Medical and sanitary report of the native army of Bengal for the year
Year: 1875
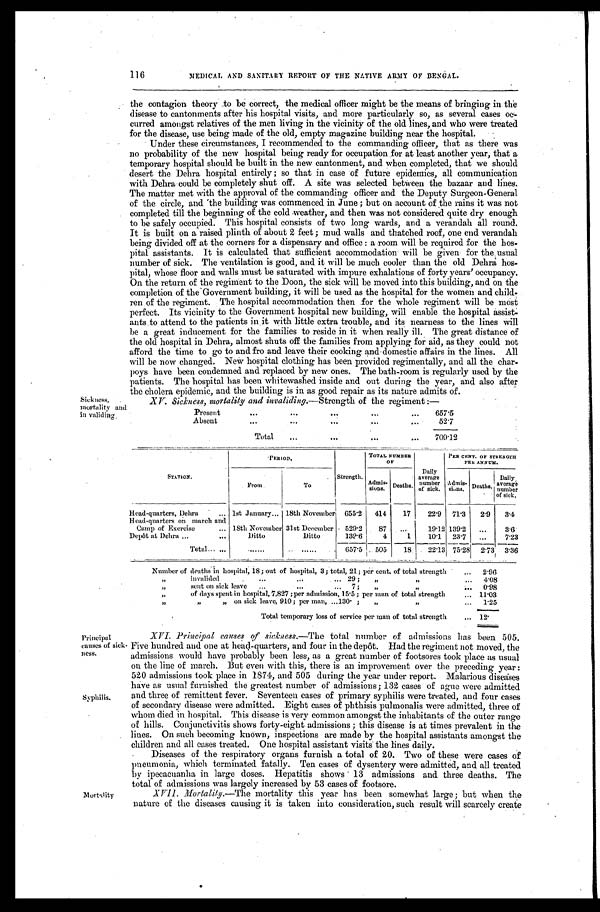
116
MEDICAL AND SANITARY REPORT OF THE NATIVE ARMY OF BENGAL
the contagion theory to be correct, the medical officer might be the means of bringing in the
disease to cantonments after his hospital visits, and more particularly so, as several cases o
c -
curred amongst relatives of the men living in the vicinity of the old lines, and who were treated
for the disease, use being made of the old, empty magazine building near the hospital.
Under these circumstances, I recommended to the commanding officer, that as there was
no probability of the new hospital being ready for occupation for at least another year, that a
temporary hospital should he built in the new cantonment, and when completed, that we should
desert the Dehra hospital entirely ; so that in case of future epidemics, all communication
with Dehra could be completely shut off. A site was selected between the bazaar and lines.
The matter met with the approval of the commanding officer and the Deputy Surgeon-General
of the circle, and the building was commenced in June ; but on account of the rains it was not
completed till the beginning of the cold weather, and then was not considered quite dry enough
to be safely occupied. This hospital consists of two long wards, and a verandah all round.
It is built on a raised plinth of about 2 feet ; mud walls and thatched roof, one end verandah
being divided off at the corners for a dispensary and office : a room will be required for the hos
- p i t a l a s s i s t a n t s . I t i s c a l c u l a t e d t h a t s u f f i c i e n t a c c o m m o d a t i o n w i l l b e g i v e n f o r t h e u s u a l
number of sick. The ventilation is good, and it will be much cooler than the old Dehra hos--
pital, whose floor and walls must be saturated with impure exhalations of forty years' occupancy.
On the return of the regiment to the Doon, the sick will be moved into this building, and on the
completion of the Government building, it will be used as the hospital for the women and child-
ren of the regiment. The hospital accommodation then for the whole regiment will be most
perfect. Its vicinity to the Government hospital new building, will enable the hospital assist-
ants to attend to the patients in it with little extra trouble, and its nearness to the lines will
be a great inducement for the families to reside in it when really ill. The great distance of
the old hospital in Dehra, almost shuts off the families from applying for aid, as they could not
afford the time to go to and fro and leave their cooking and domestic affairs in the lines. All
will be now changed. New hospital clothing has been provided regimentally, and all the char
-
poys have been condemned and replaced by new ones. The bath-room is regularly used by the
patients. The hospital has been whitewashed inside and out during the year, and also after
the cholera epidemic, and the building is in as good repair as its nature admits of.
Sickness,
mortality and
in validing.
XV Sickness, mortality and invaliding.—Strength of the regiment :—
Present
. . .
657.5
Absent . . .
52.7
Total . . .
709.12
STATION.
PERIOD,
TOTAL NUMBER OF
PER CENT. OF STRENGTH
P E RA N N U M .
From
To
Strength.
Ad
m i s -s
i o n s . Deaths.
Daily
average
number
of sick.
Admis -
sions. Deaths.
Daily,
average
number
of sick.
Head-quarters, Dehra . . . 1st January . . . 18th November 655.2
414
17
22.9
71.3
2.9
3.4
Head-quarters on march and
Camp of Exercise . . . 18th November 31st December
529.2
87
. . .
19.12 139.2
. . .
3.6
Depôt at Dehra . . .
Ditto
Ditto
139.6
4
1
10.1
23.7
. . .
7.23
Total . . .
. . .
. . .
657.5
5 0 5
18
2 2 . 1 3
75.28
2.73
3.36
Number of deaths in hospital, 18; out of hospital, 3; total, 21; per cent, of total strength . . .
2.96
" i n v a l i d e d . . . 2 9 ; " " . . .
4.08
" sent on sick leave . . . 7; . . .
0 . 9 8
"
of days spent in hospital, 7,827 ; per admission, 15.5 ; per man of total strength . . . 11.03
" " "
on sick leave, 910 ; per man, . . . 130 ;" "
1.25
Total temporary loss of service per man of total strength . . . 1 2 .
Principal
causes of sick-
ness.
Syphilis. Mortality
XVI. Principal causes of sickness.—The total number of admissions has been. 505.
Five hundred and one at head-quarters, and four in the depôt. Had the regiment not moved, the
admissions would have probably been less, as a great number of footsores took place as usual
on the line of march. But even with this, there is an improvement over the preceding year :
520 admissions took place in 1874, and 505 during the year under report. Malarious diseases
have as usual furnished the greatest number of admissions; 132 cases of ague were admitted
and three of remittent fever. Seventeen cases of primary syphilis were treated, and four cases
of secondary disease were admitted. Eight cases of phthisis pulmonalis were admitted, three of
whom died in hospital. This disease is very common amongst the inhabitants of the outer range
of hills. Conjunctivitis shows forty-eight admissions ; this disease is at times prevalent in the
lines. On such becoming known, inspections are made by the hospital assistants amongst the
children and all cases treated. One hospital assistant visits' the lines daily.
Diseases of the respiratory organs furnish a total of 20. Two of these were cases of
pneumonia, Which terminated fatally. Ten cases of dysentery were admitted, and all treated
by ipecacuanha in large doses. Hepatitis shows 13 admissions and three deaths. The
total of admissions was largely increased by 53 cases of footsor
e .
XVII. Mortality.—The mortality this year has been somewhat large; but when the
nature of the diseases causing it is taken into consideration, such result will scarcely create